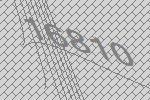
16810